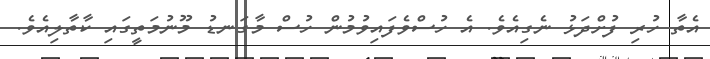
އެތާ ހުރި ފުށްދަޅު ނެގިއެވެ. އެ ހުސްވެފައިވުމުން ހުސް މާގަނޑު މޫނުމަތީގައި ކާތާލިއެވެ.